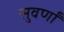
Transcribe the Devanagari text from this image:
सुवर्णां